画像に写った文字を読んでください
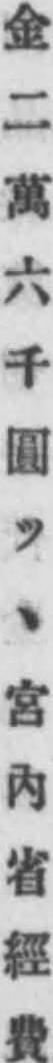
「金二萬六千圓ツヽ宮內省經費」と書いてあります